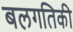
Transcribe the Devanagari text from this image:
बलगतिकी